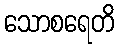
သောစရေတိ